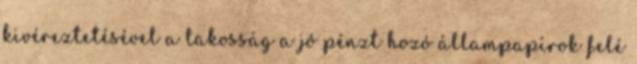
kivéreztetésével a lakosság a jó pénzt hozó állampapírok felé